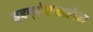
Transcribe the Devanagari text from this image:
बृहद्‌जेरुसलेम